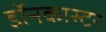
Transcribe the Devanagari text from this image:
डॉनकास्टर